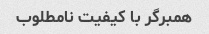
همبرگر با کیفیت نامطلوب